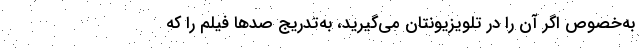
به‌خصوص اگر آن را در تلویزیونتان می‌گیرید، به‌تدریج صدها فیلم را که